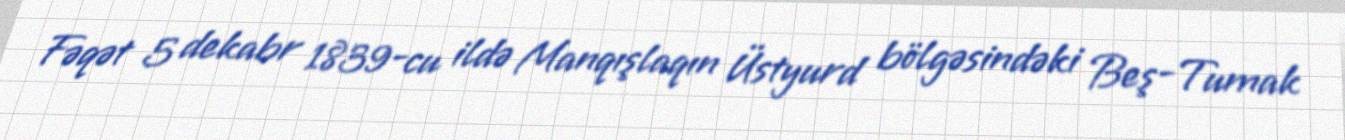
Fəqət 5 dekabr 1839-cu ildə Manqışlaqın Üstyurd bölgəsindəki Beş-Tumak